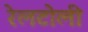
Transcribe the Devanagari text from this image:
रेलटोली